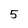
Character: 5